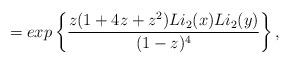
LaTeX: \begin{align*} = exp\left\{ \frac{z(1+4z+z^2) Li_2(x) Li_2(y)}{(1-z)^4} \right\}, \end{align*}